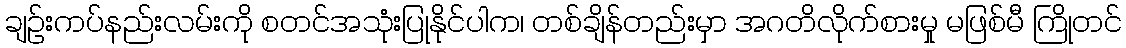
ချဉ်းကပ်နည်းလမ်းကို စတင်အသုံးပြုနိုင်ပါက၊ တစ်ချိန်တည်းမှာ အဂတိလိုက်စားမှု မဖြစ်မီ ကြိုတင်